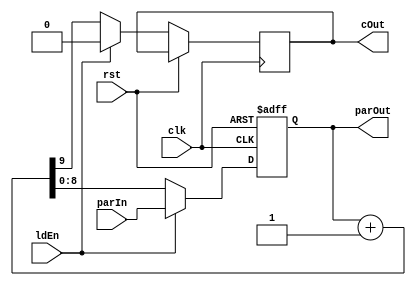
module NineBitCounter(clk, rst, ldEn, parIn, cOut, parOut);
	input clk, rst, ldEn;
	input [8:0] parIn;
	output reg cOut;
	output reg [8:0] parOut;

	always @(posedge clk, posedge rst) begin
		if(rst) begin
			parOut = 9'b0;
		end
		else if (ldEn) begin
			parOut = parIn;
			cOut = 1'b0;
		end
		else begin
			{cOut, parOut} = parOut + 1;
		end
	end
endmodule